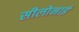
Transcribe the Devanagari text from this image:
सीलोनाई